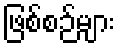
ဖြစ်စဉ်များ